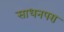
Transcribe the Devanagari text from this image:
साधनपरा